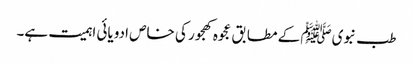
طب نبویﷺ کے مطابق عجوہ کھجور کی خاص ادویائی اہمیت ہے۔